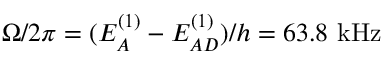
\Omega / 2 \pi = ( E _ { A } ^ { ( 1 ) } - E _ { A D } ^ { ( 1 ) } ) / h = 6 3 . 8 ~ \mathrm { { k H z } }